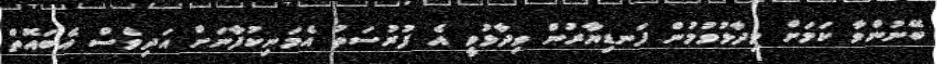
ބޭނުންވާ ކަމަށް ވިދާޅުވުމުން ފަނޑިޔާރުން ވިދާޅުވީ އެ ފުރުސަތު އެމަނިކުފާނަށް އަދިވެސް އެބައޮތް